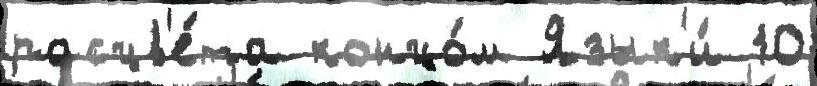
расцв'е́та концо́м Язык'и́ 10